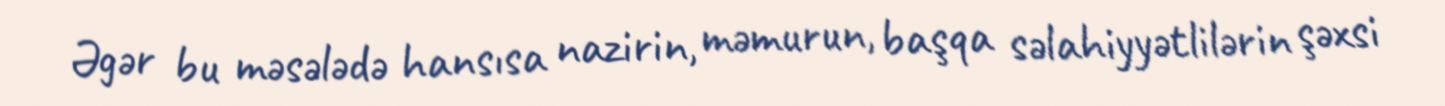
Əgər bu məsələdə hansısa nazirin, məmurun, başqa səlahiyyətlilərin şəxsi